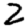
Digit: 2